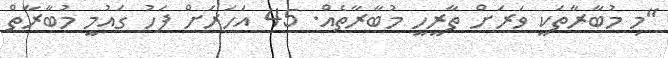
"މި މުބާރާތަކީ ވަރަށް ތާރީހީ މުބާރާތެއް. 45 އަހަރަށް ފަހު ގައުމީ މުބާރާތް